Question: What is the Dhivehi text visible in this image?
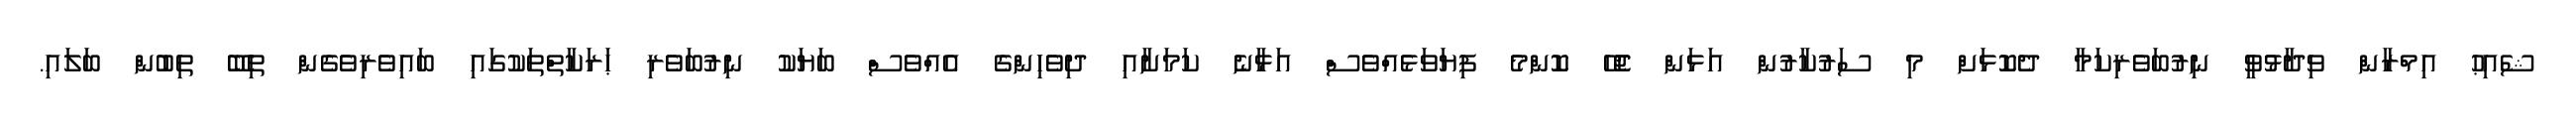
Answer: ޝެއިޙު އިމްރާން ވިދާޅުވީ ނިރުބަވެރިކަމާ ދެކޮޅަށް މި ސަރުކާރުން އަޅަން ޖެހޭ ކޮންމެ ފިޔަވަޅެއްވެސް އަޅާނެ ކަމަށާއި ދިވެހިންގެ އެއްވެސް ބަޔަކު ނިރުބަވެރި ޙަރަކާތްތަކުގައި ބައިވެރިވެގެން ތިބޭ ތިބުން ބަލައި.